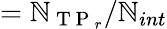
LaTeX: =\mathbb{N}_{\mathrm{{~T~P~}}_{r}}/\mathbb{N}_{int}